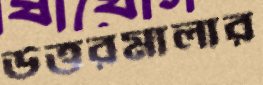
উত্তরমালার